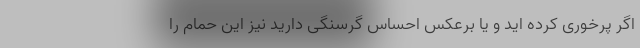
اگر پرخوری کرده اید و یا برعکس احساس گرسنگی دارید نیز این حمام را